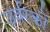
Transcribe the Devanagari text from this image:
उर्वरको